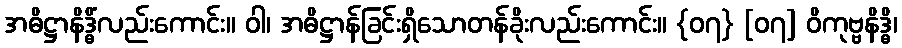
အဓိဋ္ဌာနိဒ္ဓိံလည်းကောင်း။ ဝါ၊ အဓိဋ္ဌာန်ခြင်းရှိသောတန်ခိုးလည်းကောင်း။ {၀၇} [၀၇] ဝိကုဗ္ဗနိဒ္ဓိ၊